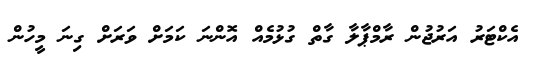
އެކްޓަރު އަރުޖުން ރާމްޕާލާ ގާތް ގުޅުމެއް އޮންނަ ކަމަށް ވަރަށް ގިނަ މީހުން